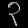
Digit: ၃